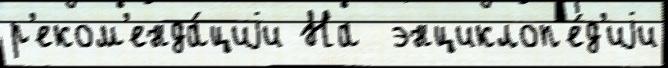
р'еком'енда́циjи На  энциклоп'е́д'иjи